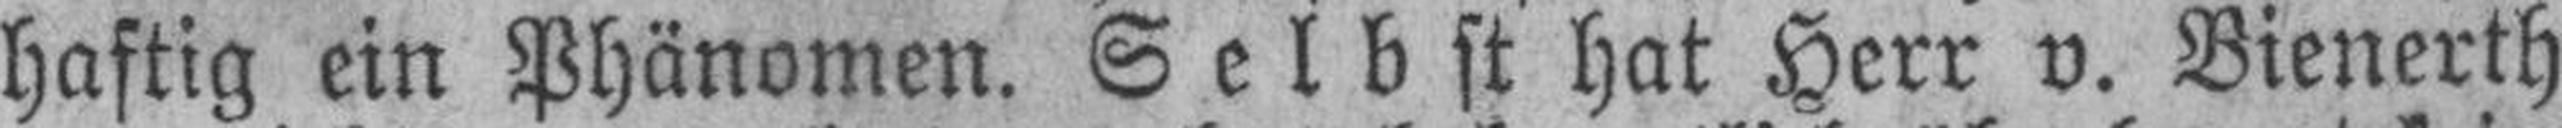
haftig ein Phänomen. Selbst hat Herr v. Bienerth